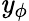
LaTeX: \mathit{y}_{\phi}